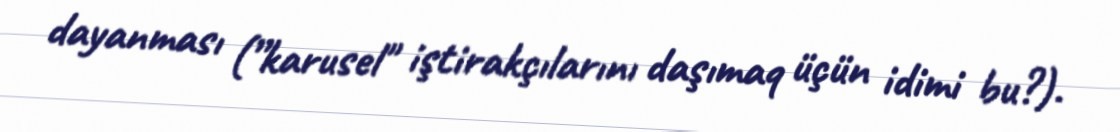
dayanması (”karusel" iştirakçılarını daşımaq üçün idimi bu?).